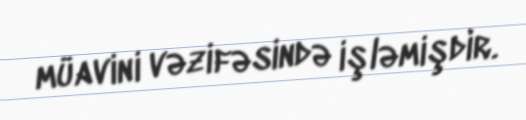
müavini vəzifəsində işləmişdir.